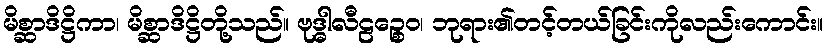
မိစ္ဆာဒိဋ္ဌိကာ၊ မိစ္ဆာဒိဋ္ဌိတို့သည်။ ဗုဒ္ဓါလီဠဉ္စေဝ၊ ဘုရား၏တင့်တယ်ခြင်းကိုလည်းကောင်း။